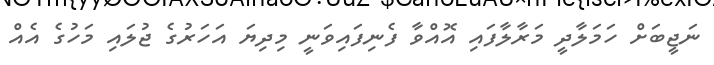
ނަޖީބަށް ހަމަލާދީ މަރާލާފައި އޮއްވާ ފެނިފައިވަނީ މިދިޔަ އަހަރުގެ ޖުލައި މަހުގެ އެއް